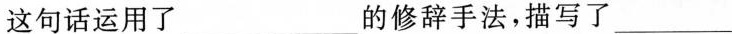
这句话运用了___的修辞手法，描写了___